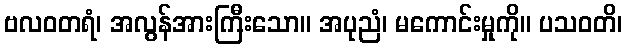
ဗလဝတရံ၊ အလွန်အားကြီးသော။ အပုညံ၊ မကောင်းမှုကို။ ပသဝတိ၊